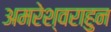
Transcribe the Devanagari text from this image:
अमरेश्वराहुन